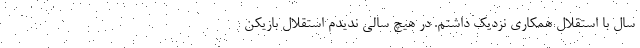
سال با استقلال همکاری نزدیک داشتم. در هیچ سالی ندیدم استقلال بازیکن